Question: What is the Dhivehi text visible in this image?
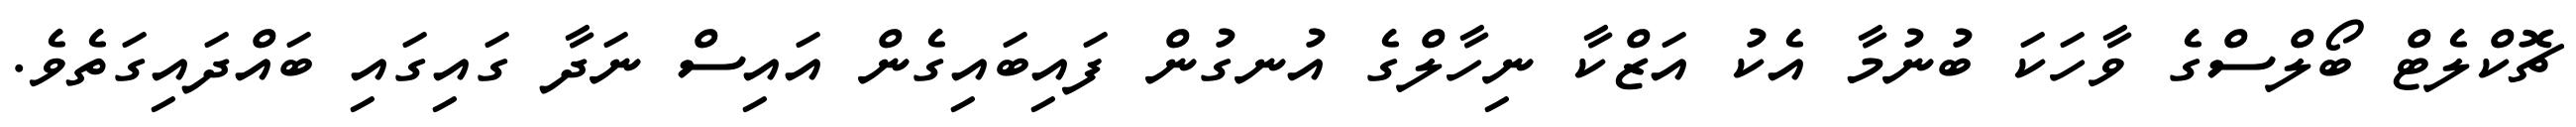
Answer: ޗޮކްލެޓް ބޯލްސްގެ ވާހަކަ ބުނުމާ އެކު އަޒްކާ ނިހާލްގެ އުނގުން ފައިބައިގެން އައިސް ނަދާ ގައިގައި ބައްދައިގަތެވެ.